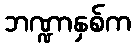
ဘဏ္ဍာနှစ်က